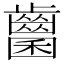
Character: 𪘭